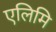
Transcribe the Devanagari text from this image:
एलिमि